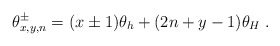
\begin{align*}\theta _{x,y,n}^{\pm }=(x\pm 1)\theta _{h}+(2n+y-1)\theta _{H}\;.\end{align*}